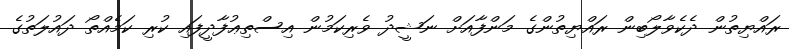
ރައްޔިތުން ދެކެވާލޯބިން ރައްޔިތުންގެ މަންފާއަށް ނަޝީދު ވެރިކަމުން އިސްތިޢުފާދީފައި ކުރި ކަމެއްތޯ ދައުލަތުގެ